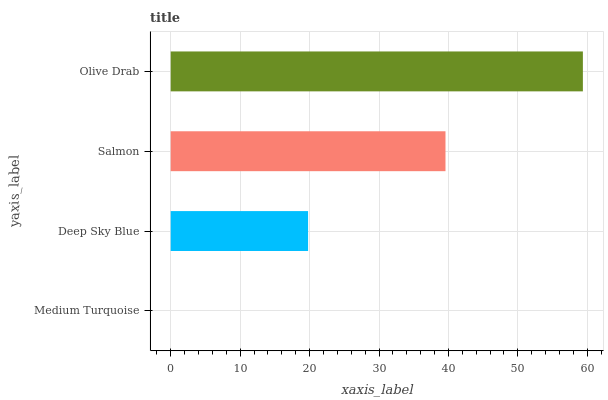
| yaxis_label | bars |
 | --- | --- |
 | Medium Turquoise | 0 |
 | Deep Sky Blue | 19.8 |
 | Salmon | 39.6 |
 | Olive Drab | 59.4 |